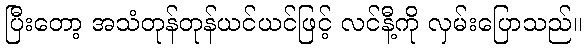
ပြီးတော့ အသံတုန်တုန်ယင်ယင်ဖြင့် လင်နီ့ကို လှမ်းပြောသည်။